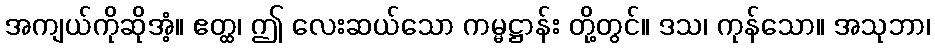
အကျယ်ကိုဆိုအံ့။ ဧတ္ထ၊ ဤ လေးဆယ်သော ကမ္မဋ္ဌာန်း တို့တွင်။ ဒသ၊ ကုန်သော။ အသုဘာ၊